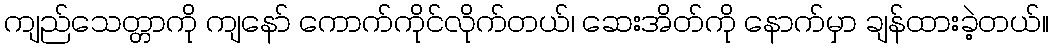
ကျည်သေတ္တာကို ကျနော် ကောက်ကိုင်လိုက်တယ်၊ ဆေးအိတ်ကို နောက်မှာ ချန်ထားခဲ့တယ်။